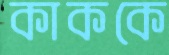
কাককে